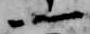
一